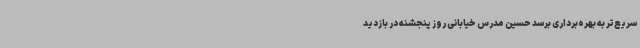
سریع‌تر به بهره‌برداری برسد حسین مدرس خیابانی روز پنجشنه در بازدید